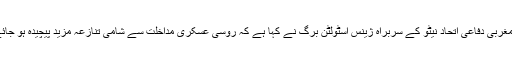
ادھر مغربی دفاعی اتحاد نیٹو کے سربراہ ژینس اسٹولٹن برگ نے کہا ہے کہ روسی عسکری مداخلت سے شامی تنازعہ مزید پیچیدہ ہو جائے گا۔